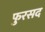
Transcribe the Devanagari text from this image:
फुरसद